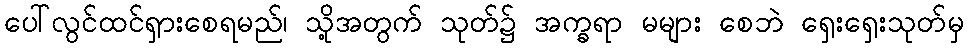
ပေါ်လွင်ထင်ရှားစေရမည်၊ သို့အတွက် သုတ်၌ အက္ခရာ မများ စေဘဲ ရှေးရှေးသုတ်မှ